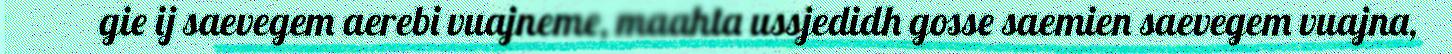
gie ij saevegem aerebi vuajneme, maahta ussjedidh gosse saemien saevegem vuajna,